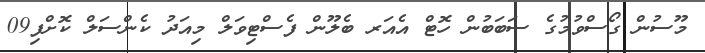
މޫސުން ގޯސްވުމުގެ ސަބަބުން ހޮޓް އެއަރ ބެލޫން ފެސްޓިވަލް މިއަދު ކެންސަލް ކޮށްފި09